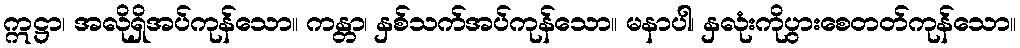
ဣဋ္ဌာ၊ အလိုရှိအပ်ကုန်သော။ ကန္တာ၊ နှစ်သက်အပ်ကုန်သော။ မနာပါ၊ နှလုံးကိုပွားစေတတ်ကုန်သော။